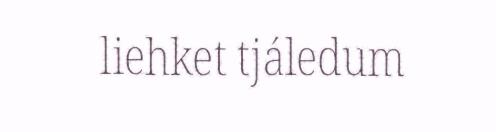
liehket tjáledum